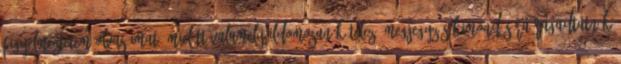
figyelmeztetem olvasóimat, mielőtt valamely ildomosan kötelező megjegyzés kimondására ragadtatnák